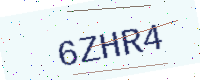
Text: 6ZHR4